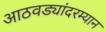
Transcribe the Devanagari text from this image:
आठवड्यांदरम्यान